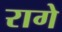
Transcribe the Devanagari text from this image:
रागे